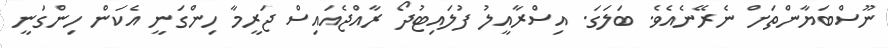
ނޫސްބަޔާންތަށް ނެރޭނެއެވެ. ބަލަގަ. އިސްރާއީލު ފުލައިޓުދޯ ރާއްޖެއައިސް ޖަރީމާ ހިންގަނީ އެކަން ހިންގަނީ